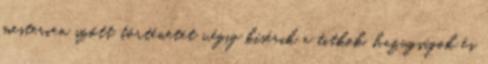
mesterien szőtt történetet végig kísérik a titkok, hazugságok és